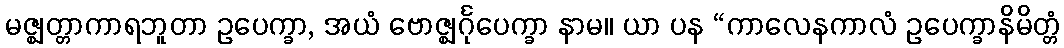
မဇ္ဈတ္တာကာရဘူတာ ဥပေက္ခာ, အယံ ဗောဇ္ဈင်္ဂုပေက္ခာ နာမ။ ယာ ပန “ကာလေနကာလံ ဥပေက္ခာနိမိတ္တံ